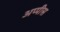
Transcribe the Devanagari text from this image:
अप्पीस